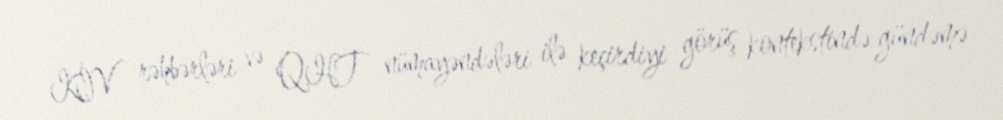
KİV rəhbərləri və QHT nümayəndələri ilə keçirdiyi görüş kontekstində gündəmə